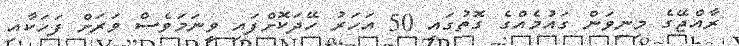
ރާއްޖޭގެ މިނިވަން ގައުމެއްގެ ގޮތުގައި 50 އަހަރު ހޭދަކޮށްފައި ވީނަމަވެސް ވަރަށް ފަހަކާއި